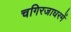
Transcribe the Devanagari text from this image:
चगिरजाघरमें